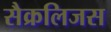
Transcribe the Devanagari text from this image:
सैक्रलिजस